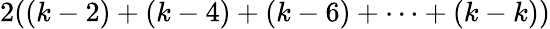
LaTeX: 2((k-2)+(k-4)+(k-6)+\dots+(k-k))